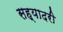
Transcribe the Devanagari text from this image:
सह्यादरी